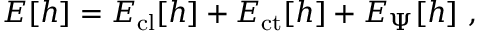
{ \cal E } [ h ] = { \cal E } _ { \mathrm { c l } } [ h ] + { \cal E } _ { \mathrm { c t } } [ h ] + { \cal E } _ { \Psi } [ h ] \ ,